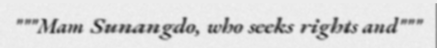
"""Mam Sunangdo, who seeks rights and"""